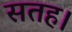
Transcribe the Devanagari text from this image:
सतह।